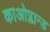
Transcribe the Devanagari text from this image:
काओप्लान्ड